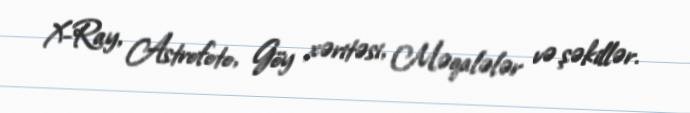
X-Ray, Astrofoto, Göy xəritəsi, Məqalələr və şəkillər.